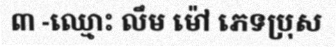
៣ -ឈ្មោះ លឹម ម៉ៅ ភេទប្រុស